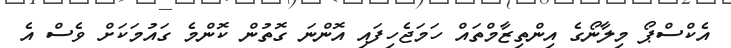
އެކްސްޕޯ މިލާނޯގެ އިންތިޒާމްތައް ހަމަޖެހިފައި އޮންނަ ގޮތުން ކޮންމެ ގައުމަކަށް ވެސް އެ